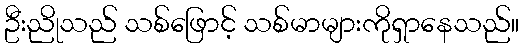
ဦးညိုသည် သစ်ဖြောင့် သစ်မာများကိုရှာနေသည်။